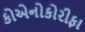
કોએનોકોરીફા